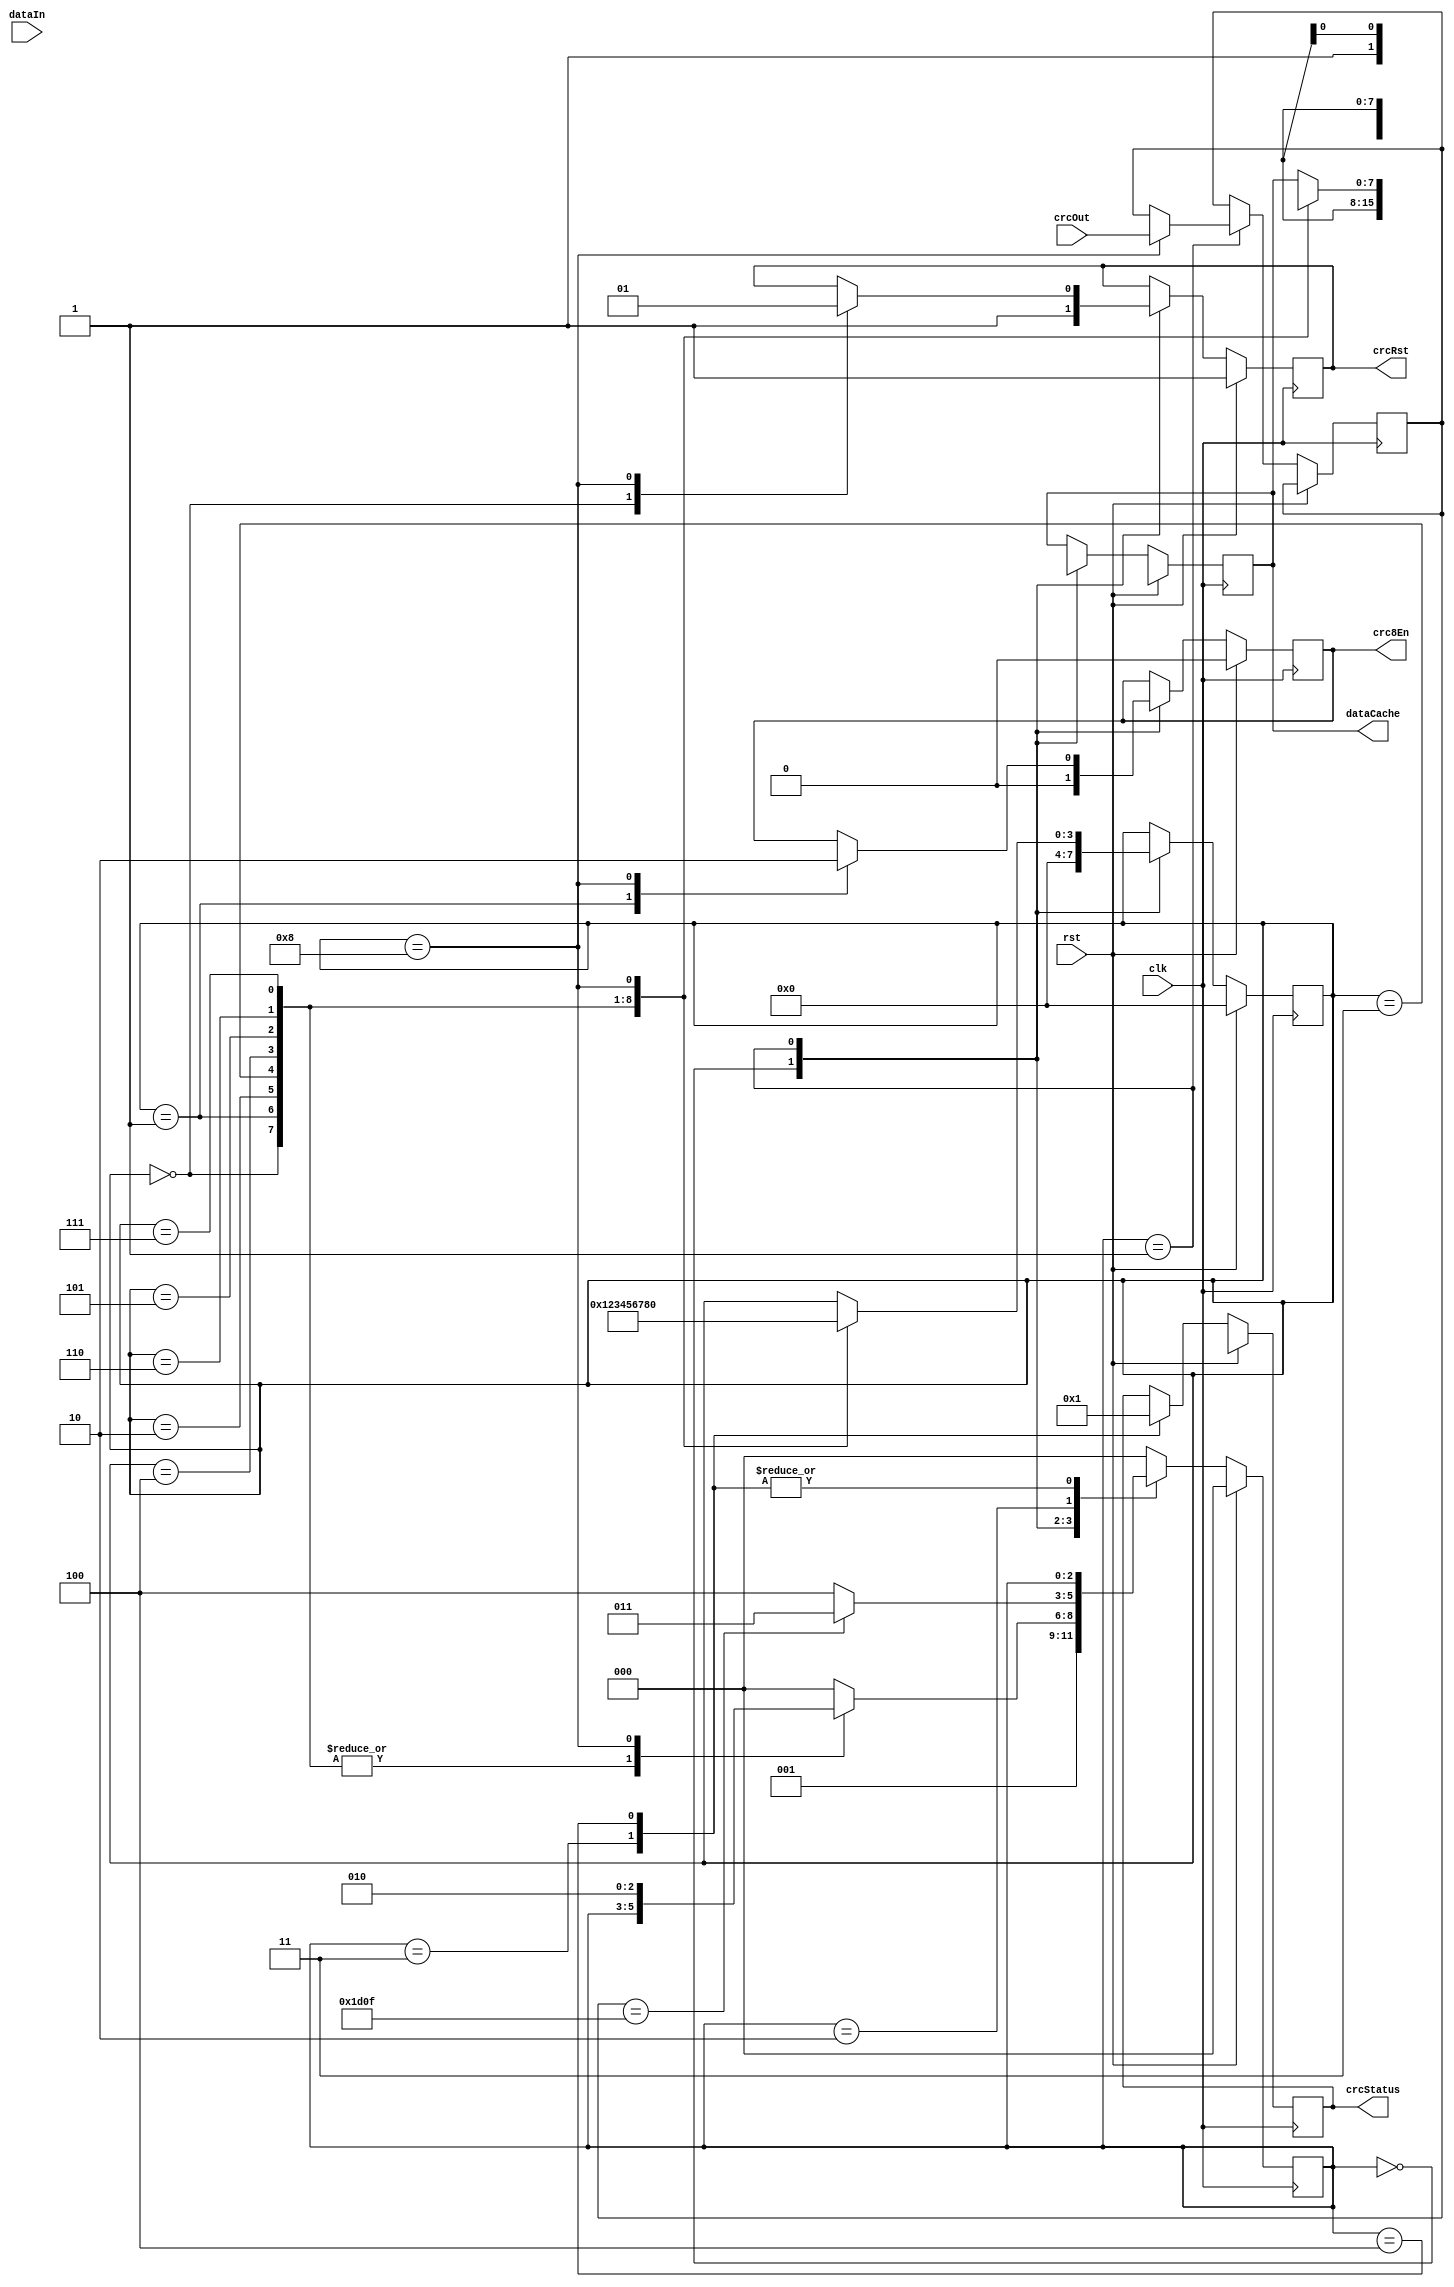
/*****************************************************************************************
** 
**                               		                                     
**
**----------------------------------------------------------------------------------------
** 				CRC16D64.v
** 			2015-9-1 20:45
** 	 		
** 	  		64CRC16
** 
**----------------------------------------------------------------------------------------
** 		2015-9-1 20:45 
** 		
** 		   	V1.0
** 			CRC 
**
*****************************************************************************************/

`timescale 1 ps / 1 ps

module CRC16D64
(
	input clk,													
	input rst,
	input [63:0] dataIn,														/*	64				*/
	input [15:0] crcOut,														/*	CRC				*/
	output reg crcRst,														/*	CRC16D8			*/
	output reg crc8En,														/*	CRC16D8			*/
	output reg [1:0] crcStatus,											/*	CRC			*/
	output reg [7:0] dataCache												/*	CRC16D8		*/
);

	reg [2:0] state;															/*	CRC		*/
	reg [3:0] oneByte;
	reg [15:0] checkCode;
	parameter IDLE = 0, CRCCALC = 1, JUDGE = 2, TRUE = 3, FALSE = 4;
	parameter BYTE8 = 0, BYTE7 = 1, BYTE6 = 2, BYTE5 = 3;
	parameter BYTE4 = 4, BYTE3 = 5, BYTE2 = 6, BYTE1 = 7, DONE = 8;
	
	always @(negedge clk)
	begin	
		if(rst)																	/*					*/
		begin
			crcRst <= 1;
			crc8En <= 0;
			state <= IDLE;
			oneByte <= BYTE8;
			dataCache <= 8'hx;
			crcStatus <= 2'b1x;
		end
		else
		begin
			case (state)
				IDLE:																/*						*/
				begin
					dataCache <= 8'hx;
					crcRst <= 1;												/*	crcReg16{1}	*/
					crc8En <= 0;												/*				*/
					oneByte <= BYTE8;
					state <= CRCCALC;
				end
				CRCCALC:
				begin
					case (oneByte)
						BYTE8:
						begin	
							crcRst <= 0;										/*	crc16D8		*/
							dataCache <= dataIn[63:56];					/*				*/
							oneByte <= BYTE7;										/*						*/
						end
						BYTE7:
						begin
							crc8En <= 1;										/*	2CRC	*/
							dataCache <= dataIn[55:48];
							oneByte <= BYTE6;
						end
						BYTE6:
						begin	
							dataCache <= dataIn[47:40];
							oneByte <= BYTE5;
						end
						BYTE5:
						begin	
							dataCache <= dataIn[39:32];
							oneByte <= BYTE4;
						end
						BYTE4:
						begin	
							dataCache <= dataIn[31:24];
							oneByte <= BYTE3;
						end
						BYTE3:
						begin	
							dataCache <= dataIn[23:16];
							oneByte <= BYTE2;
						end
						BYTE2:
						begin	
							dataCache <= dataIn[15:8];
							oneByte <= BYTE1;
						end
						BYTE1:
						begin	
							dataCache <= dataIn[7:0];
							oneByte <= DONE;
						end
						DONE:														/*	8				*/
						begin
							dataCache <= 8'hx;								/*					*/
							checkCode <= crcOut;
							crcRst <= 1;
							crc8En <= 0;
							oneByte <= BYTE8;
							state <= JUDGE;
						end
						default:
						begin
							state <= IDLE;
						end
					endcase
				end
				JUDGE:
				begin
					if (checkCode == 16'h1D0F)								/*	CRC	*/
					begin
						state <= TRUE;
					end
					else
					begin
						state <= FALSE;
					end
				end
				TRUE:
				begin
					crcStatus <= 2'b00;
				end
				FALSE:
				begin
					crcStatus <= 2'b01;
				end
				default:
				begin
					state <= IDLE;
				end
			endcase
		end
	end
endmodule